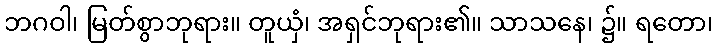
ဘဂဝါ၊ မြတ်စွာဘုရား။ တူယှံ၊ အရှင်ဘုရား၏။ သာသနေ၊ ၌။ ရတော၊